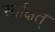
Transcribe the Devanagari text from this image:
साक्षित्‌